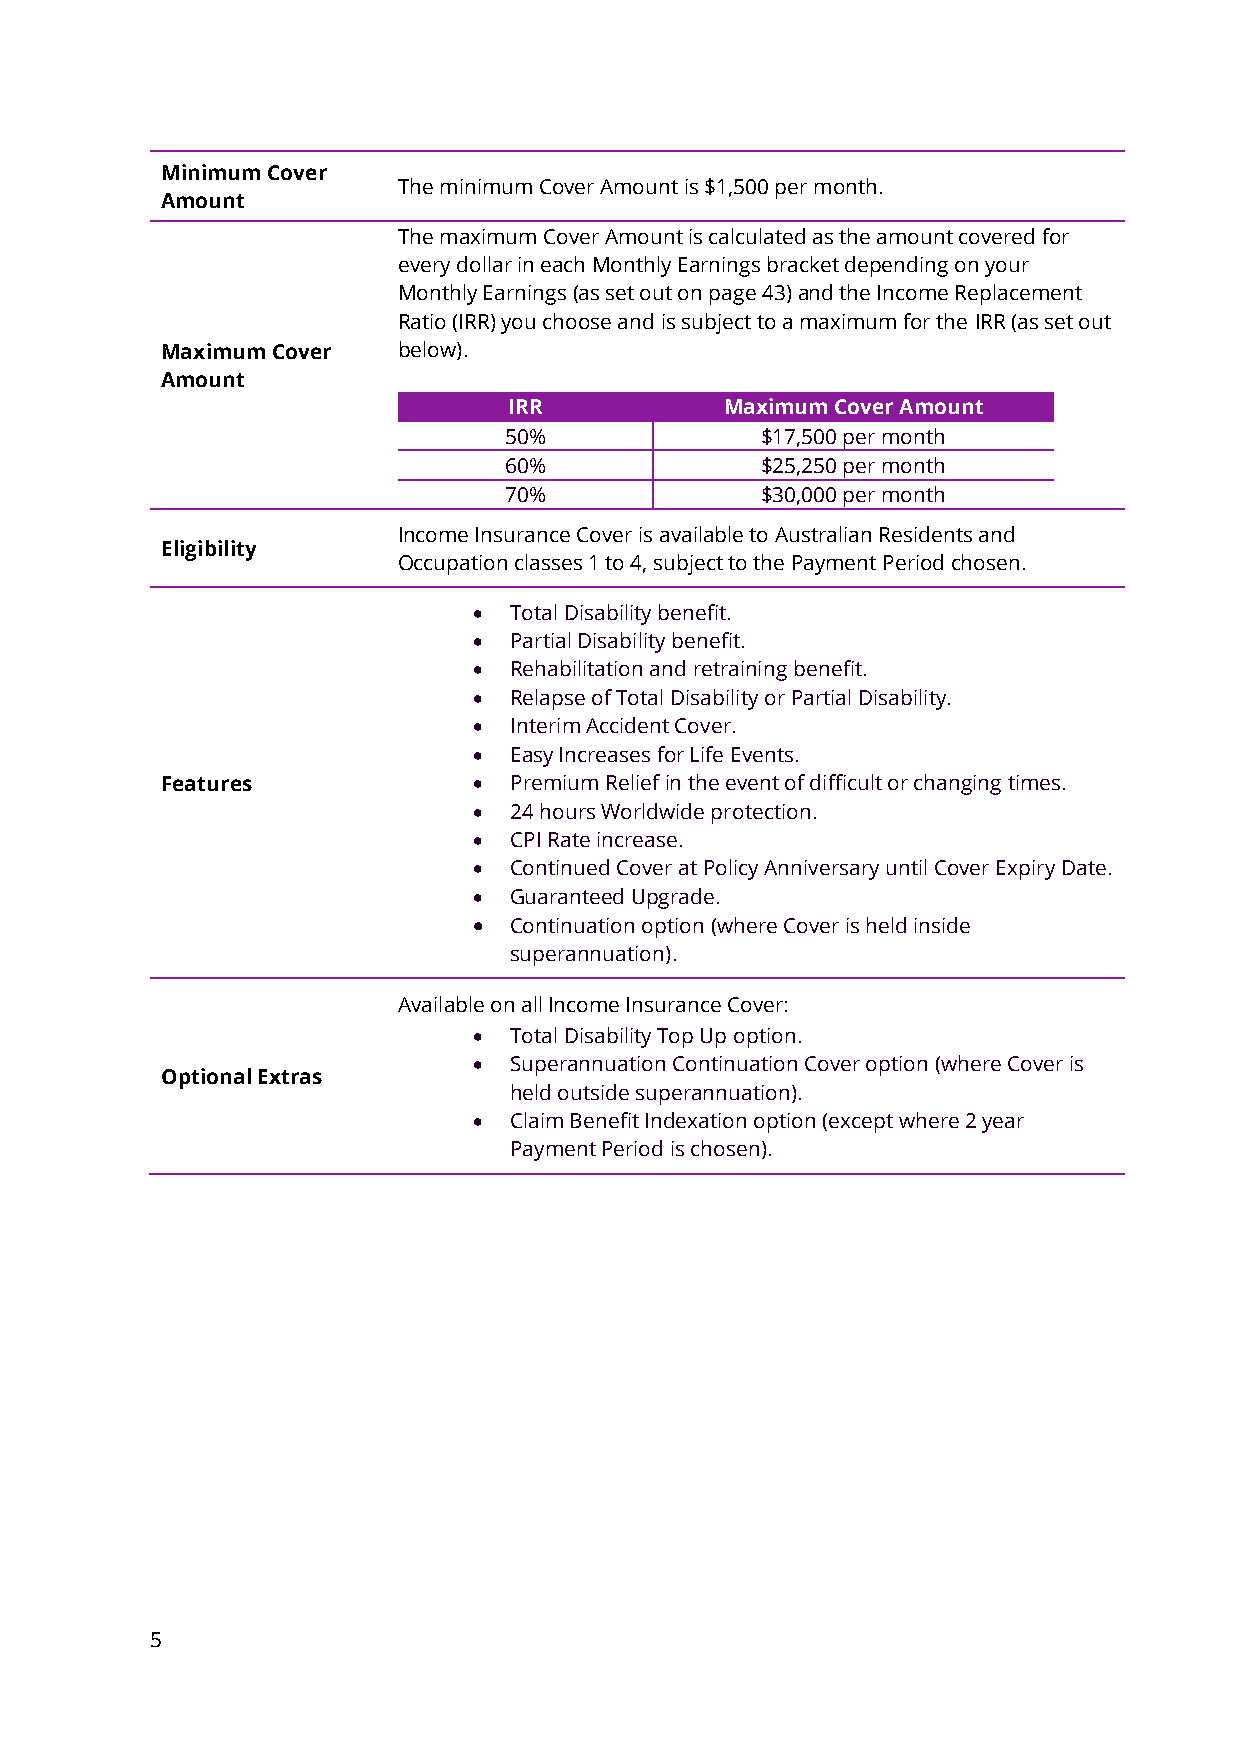
Minimum Cover
 The minimum Cover Amount is $1,500 per month.
 Amount
 The maximum Cover Amount is calculated as the amount covered for
 every dollar in each Monthly Earnings bracket depending on your
 Monthly Earnings (as set out on page 43) and the Income Replacement
 Ratio (IRR) you choose and is subject to a maximum for the IRR (as set out
 Maximum Cover  below).
 Amount
 IRR           Maximum Cover Amount
 50%              $17,500 per month
 60%              $25,250 per month
 70%              $30,000 per month
 Income Insurance Cover is available to Australian Residents and
 Eligibility
 Occupation classes 1 to 4, subject to the Payment Period chosen.
 •  Total Disability benefit.
 •  Partial Disability benefit.
 •  Rehabilitation and retraining benefit.
 •  Relapse of Total Disability or Partial Disability.
 •  Interim Accident Cover.
 •  Easy Increases for Life Events.
 Features            •  Premium Relief in the event of difficult or changing times.
 •  24 hours Worldwide protection.
 •  CPI Rate increase.
 •  Continued Cover at Policy Anniversary until Cover Expiry Date.
 •  Guaranteed Upgrade.
 •  Continuation option (where Cover is held inside
 superannuation).
 Available on all Income Insurance Cover:
 •  Total Disability Top Up option.
 •  Superannuation Continuation Cover option (where Cover is
 Optional Extras
 held outside superannuation).
 •  Claim Benefit Indexation option (except where 2 year
 Payment Period is chosen).
 5